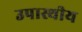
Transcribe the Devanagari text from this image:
उपास्थीय